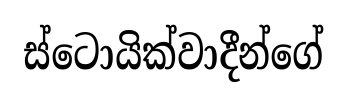
ස්ටොයික්වාදීන්ගේ